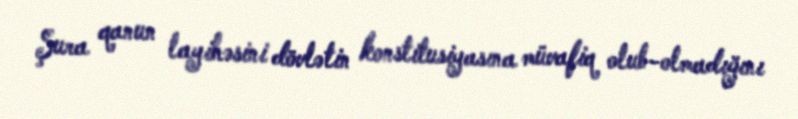
Şura qanun layihəsini dövlətin konstitusiyasına müvafiq olub-olmadığını